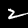
Label: 2